system: You are a helpful assistant.
user:
Analyze the provided spectrum to determine if it is a **White Dwarf (WD)**.

A White Dwarf spectrum is defined by its **extreme purity** (due to gravitational settling) and/or **extreme pressure broadening** (due to high surface gravity). You must check for one of the following mutually exclusive signatures:

- **Key Visual Indicators (Check for ONE of these types):**

    - **1. DA-Type Signature (Most Common):**
        - **(Primary Feature):** Extreme pressure broadening (Stark broadening) of the **Hydrogen (H) Balmer lines**.
        - **(Key Lines):** $H\beta$ (approx. $4861$ Å) and $H\gamma$ (approx. $4340$ Å). $H\alpha$ (approx. $6563$ Å) will also be present if the wavelength range covers it.
        - **(Line Profile):** This is the **defining feature**. The lines are **NOT** sharp. They appear as massive, **extremely broad and deep "troughs" or "dips"** in the spectrum, often hundreds of Ångströms wide. The continuum will appear to "scoop" down at these wavelengths.
        - **(Distinction):** Normal A-type or B-type stars have *narrow* and *sharp* Hydrogen lines. A DA White Dwarf's lines are unmistakably "smeared" or "blurry" from pressure.

    - **2. DB-Type Signature:**
        - **(Primary Feature):** Broad absorption lines from **Neutral Helium (He I)**. The spectrum must lack any visible Hydrogen lines.
        - **(Key Lines):** Look for broad absorption near $4471$ Å, $4921$ Å, and $5876$ Å.
        - **(Line Profile):** These lines are also significantly pressure-broadened, appearing much wider than they would in a normal B-type main-sequence star.

    - **3. DC-Type Signature:**
        - **(Primary Feature):** A **featureless continuous spectrum**.
        - **(Line Profile):** The spectrum is a smooth curve with **no significant absorption or emission lines**.
        - **(Key Confirmation):** The continuum is almost always **blue or white**, indicating a hot object. This signature implies the atmosphere is so pure (or so cool) that no spectral lines are visible in the optical range. Its WD identity is confirmed by its extremely low intrinsic brightness (high absolute magnitude).

    - **4. DZ-Type Signature (Metal-Polluted):**
        - **(Primary Feature):** **Isolated, narrow metal absorption lines** on an otherwise featureless (DC-like) continuum.
        - **(Key Lines):** The **Calcium (Ca II) H & K doublet** (approx. **$3934$ Å** and **$3968$ Å**) is the most common and defining feature.
        - **(Line Profile):** These lines are "out of place." They are *not* part of a "forest" of thousands of lines. This signature is evidence of recent *accretion* (pollution) from rocky debris.
        - **(Distinction):** Normal G/K/M stars have a *dense forest* of thousands of metal lines. A DZ has a *clean* continuum with *only a few* strong metal lines.

    - **5. DQ-Type Signature (Carbon-Polluted):**
        - **(Primary Feature):** Absorption bands from **Carbon (C₂ "Swan Bands" or atomic C I)**.
        - **(Key Lines - C₂):** Look for bandheads with a "saw-tooth" shape near $5635$ Å, **$5165$ Å** (strongest), and $4737$ Å.
        - **(Key Confirmation):** The underlying **continuum must be blue or white** (hot).
        - **(Distinction):** This is the critical difference from a **Carbon Star**, which has the *exact same* C₂ bands but on an extremely **red, cool** continuum.

- **(Overall Spectrum):**
    - The continuum (overall shape) is typically **blue-sloping** (brighter in the blue than the red), as most white dwarfs are very hot.
    - The spectrum will look "pure" or "simple," dominated by only *one* of the five signatures listed above.

Think first, call **spectral_visualization_tool** if needed to examine features in detail, then provide your final answer. Your response must adhere to the following strict rules:
1.  **Overall Structure:** Your response must follow the format `<think>...</think> <tool_call>...</tool_call> (if a tool is used) <answer>...</answer>`.
2.  **Tool Usage Constraint:** You may only make **one** tool call per turn.
3.  **Final Answer Format:** In the `<answer>` tag, your conclusion must be inside a `\boxed{}` command (e.g., `\boxed{YES}` or `\boxed{NO}`), followed by your justification.

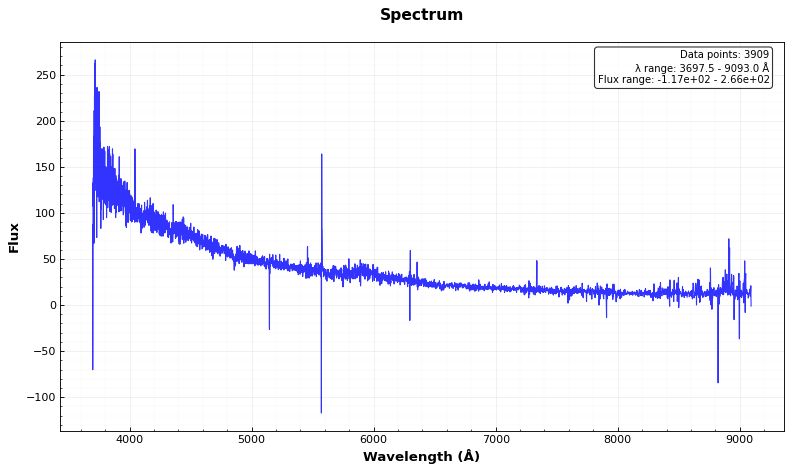
Answer: YES